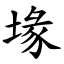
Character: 堟